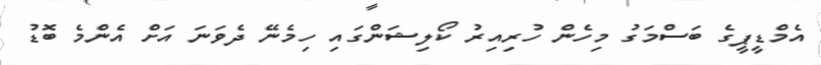
އެމްޑީޕީގެ ބަސްމަގު މިހެން ހުރިއިރު ކޯލިޝަންގައި ހިމެނޭ ދެވަނަ އަށް އެންމެ ބޮޑު